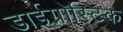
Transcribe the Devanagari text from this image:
डाईग्नोस्टिक